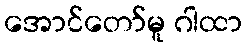
အောင်တော်မူ ဂါထာ